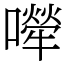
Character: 𡁆